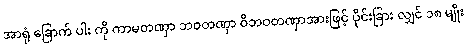
အာရုံ ခြောက် ပါး ကို ကာမတဏှာ ဘဝတဏှာ ဝိဘဝတဏှာအားဖြင့် ပိုင်းခြား လျှင် ၁၈ မျိုး